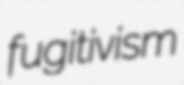
fugitivism